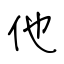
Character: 他